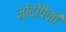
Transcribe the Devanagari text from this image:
नोंदींपैकी